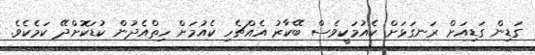
ގަޑިން ގަޑިއަށް ރަނގަޅަށް ކެއުމަކީވެސް ބޭކާރު އެއްޗެހި ކެއުމަށް ހިތްއެދުން ކުޑަކޮށްދޭ ކަމެކެވެ.